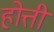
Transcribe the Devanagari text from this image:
होत्ती